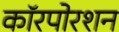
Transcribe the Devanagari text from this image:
कॉरपोरशन